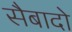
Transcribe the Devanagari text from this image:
सैबादो